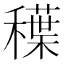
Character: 𱶦